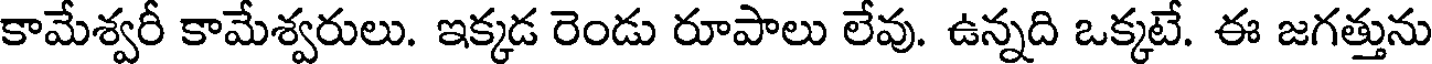
కామేశ్వరీ కామేశ్వరులు. ఇక్కడ రెండు రూపాలు లేవు. ఉన్నది ఒక్కటే. ఈ జగత్తును